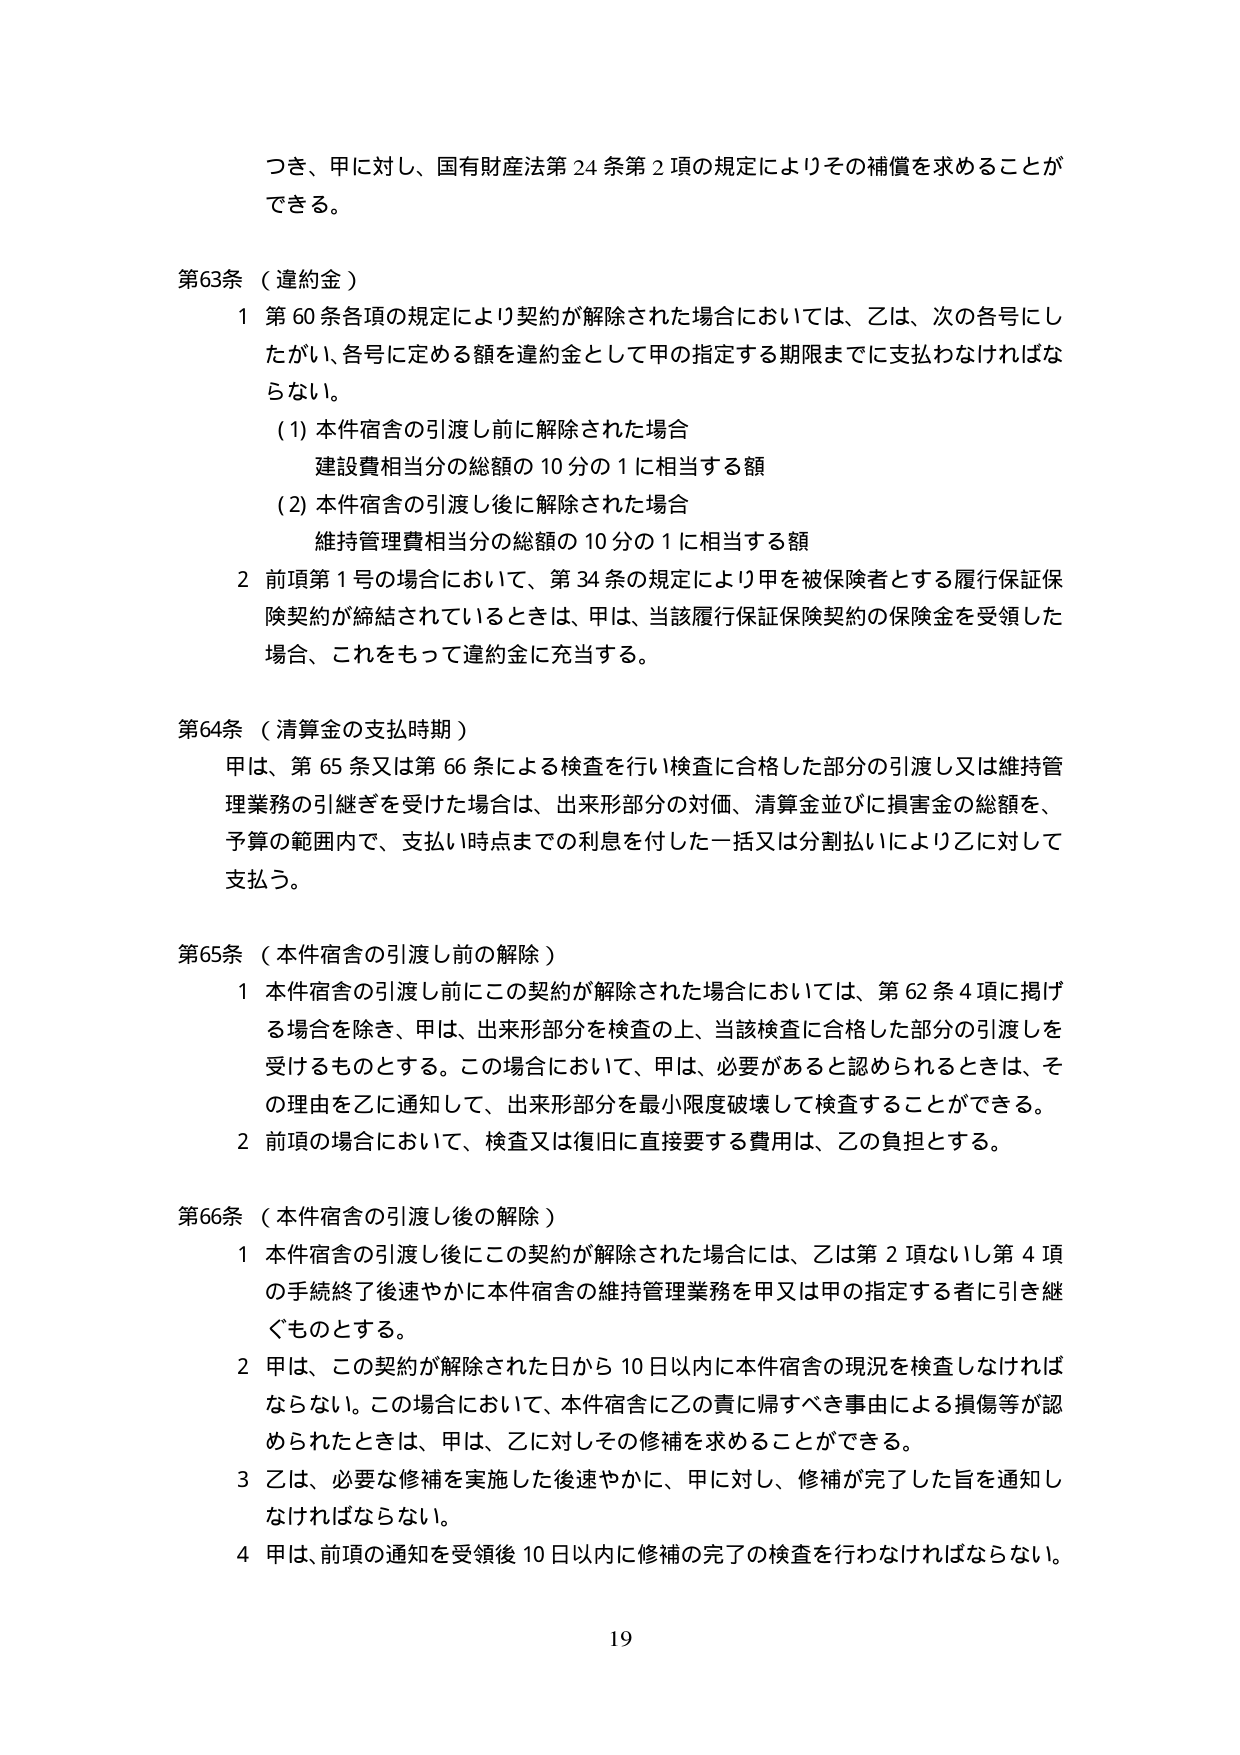
つき、甲に対し、国有財産法第24条第2項の規定によりその補償を求めることができる。

第63条（違約金）
1 第60条各項の規定により契約が解除された場合においては、乙は、次の各号にしたがい、各号に定める額を違約金として甲の指定する期限までに支払わなければならない。
　(1) 本件宿舎の引渡し前に解除された場合
　　　建設費相当分の総額の10分の1に相当する額
　(2) 本件宿舎の引渡し後に解除された場合
　　　維持管理費相当分の総額の10分の1に相当する額
2 前項第1号の場合において、第34条の規定により甲を被保険者とする履行保証保険契約が締結されているときは、甲は、当該履行保証保険契約の保険金を受領した場合、これをもって違約金に充当する。

第64条（清算金の支払時期）
甲は、第65条又は第66条による検査を行い検査に合格した部分の引渡し又は維持管理業務の引継ぎを受けた場合は、出来形部分の対価、清算金並びに損害金の総額を、予算の範囲内で、支払い時点までの利息を付した一括又は分割払いにより乙に対して支払う。

第65条（本件宿舎の引渡し前の解除）
1 本件宿舎の引渡し前にこの契約が解除された場合においては、第62条4項に掲げる場合を除き、甲は、出来形部分を検査の上、当該検査に合格した部分の引渡しを受けるものとする。この場合において、甲は、必要があると認められるときは、その理由を乙に通知して、出来形部分を最小限度破壊して検査することができる。
2 前項の場合において、検査又は復旧に直接要する費用は、乙の負担とする。

第66条（本件宿舎の引渡し後の解除）
1 本件宿舎の引渡し後にこの契約が解除された場合には、乙は第2項ないし第4項の手続終了後速やかに本件宿舎の維持管理業務を甲又は甲の指定する者に引き継ぐものとする。
2 甲は、この契約が解除された日から10日以内に本件宿舎の現況を検査しなければならない。この場合において、本件宿舎に乙の責に帰すべき事由による損傷等が認められたときは、甲は、乙に対しその修補を求めることができる。
3 乙は、必要な修補を実施した後速やかに、甲に対し、修補が完了した旨を通知しなければならない。
4 甲は、前項の通知を受領後10日以内に修補の完了の検査を行わなければならない。

19